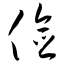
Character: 俭